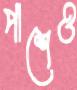
পাশেও